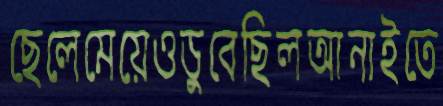
ছেলেমেয়েওডুবেছিলআনাইতে